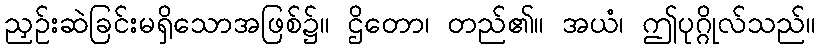
ညှဉ်းဆဲခြင်းမရှိသောအဖြစ်၌။ ဌိတော၊ တည်၏။ အယံ၊ ဤပုဂ္ဂိုလ်သည်။